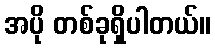
အပို တစ်ခုရှိပါတယ်။